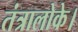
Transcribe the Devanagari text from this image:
तंत्रालोके।